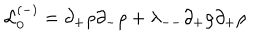
{ \cal L } _ { 0 } ^ { ( - ) } = \partial _ { + } \rho \partial _ { - } \rho + \lambda _ { -- } \partial _ { + } \rho \partial _ { + } \rho